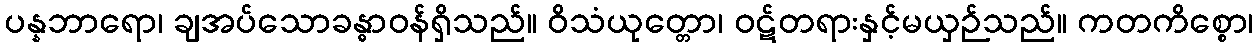
ပန္နဘာရော၊ ချအပ်သောခန္ဓာဝန်ရှိသည်။ ဝိသံယုတ္တော၊ ဝဋ်တရားနှင့်မယှဉ်သည်။ ကတကိစ္စော၊